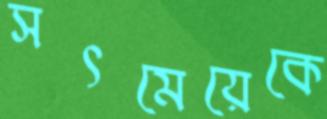
সৎমেয়েকে